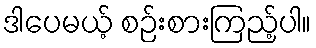
ဒါပေမယ့် စဉ်းစားကြည့်ပါ။